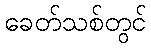
ခေတ်သစ်တွင်